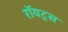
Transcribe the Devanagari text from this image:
रॉयट्स